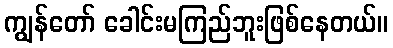
ကျွန်တော် ခေါင်းမကြည်ဘူးဖြစ်နေတယ်။